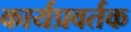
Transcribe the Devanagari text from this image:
कार्यप्रवर्तक